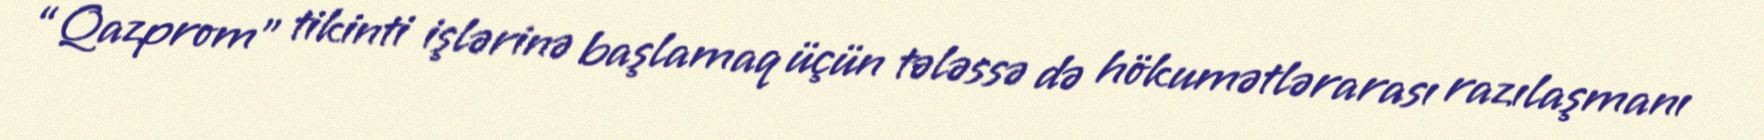
“Qazprom” tikinti işlərinə başlamaq üçün tələssə də hökumətlərarası razılaşmanı